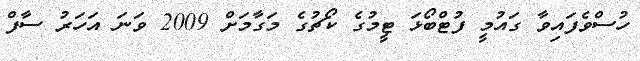
ހުސްވެފައިވާ ގައުމީ ފުޓްބޯޅަ ޓީމުގެ ކޯޗުގެ މަގާމަށް 2009 ވަނަ އަހަރު ސާފް